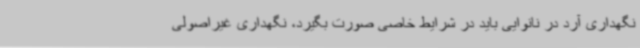
نگهداری آرد در نانوایی باید در شرایط خاصی صورت بگیرد، نگهداری غیراصولی